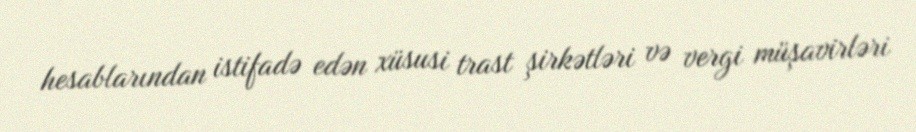
hesablarından istifadə edən xüsusi trast şirkətləri və vergi müşavirləri